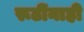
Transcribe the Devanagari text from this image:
रूढींनाही